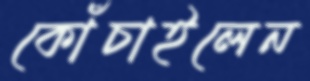
কোঁচাইলেন